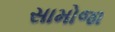
સામોજા